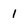
Character: 1